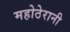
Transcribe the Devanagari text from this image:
महोठेरानी